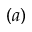
( a )